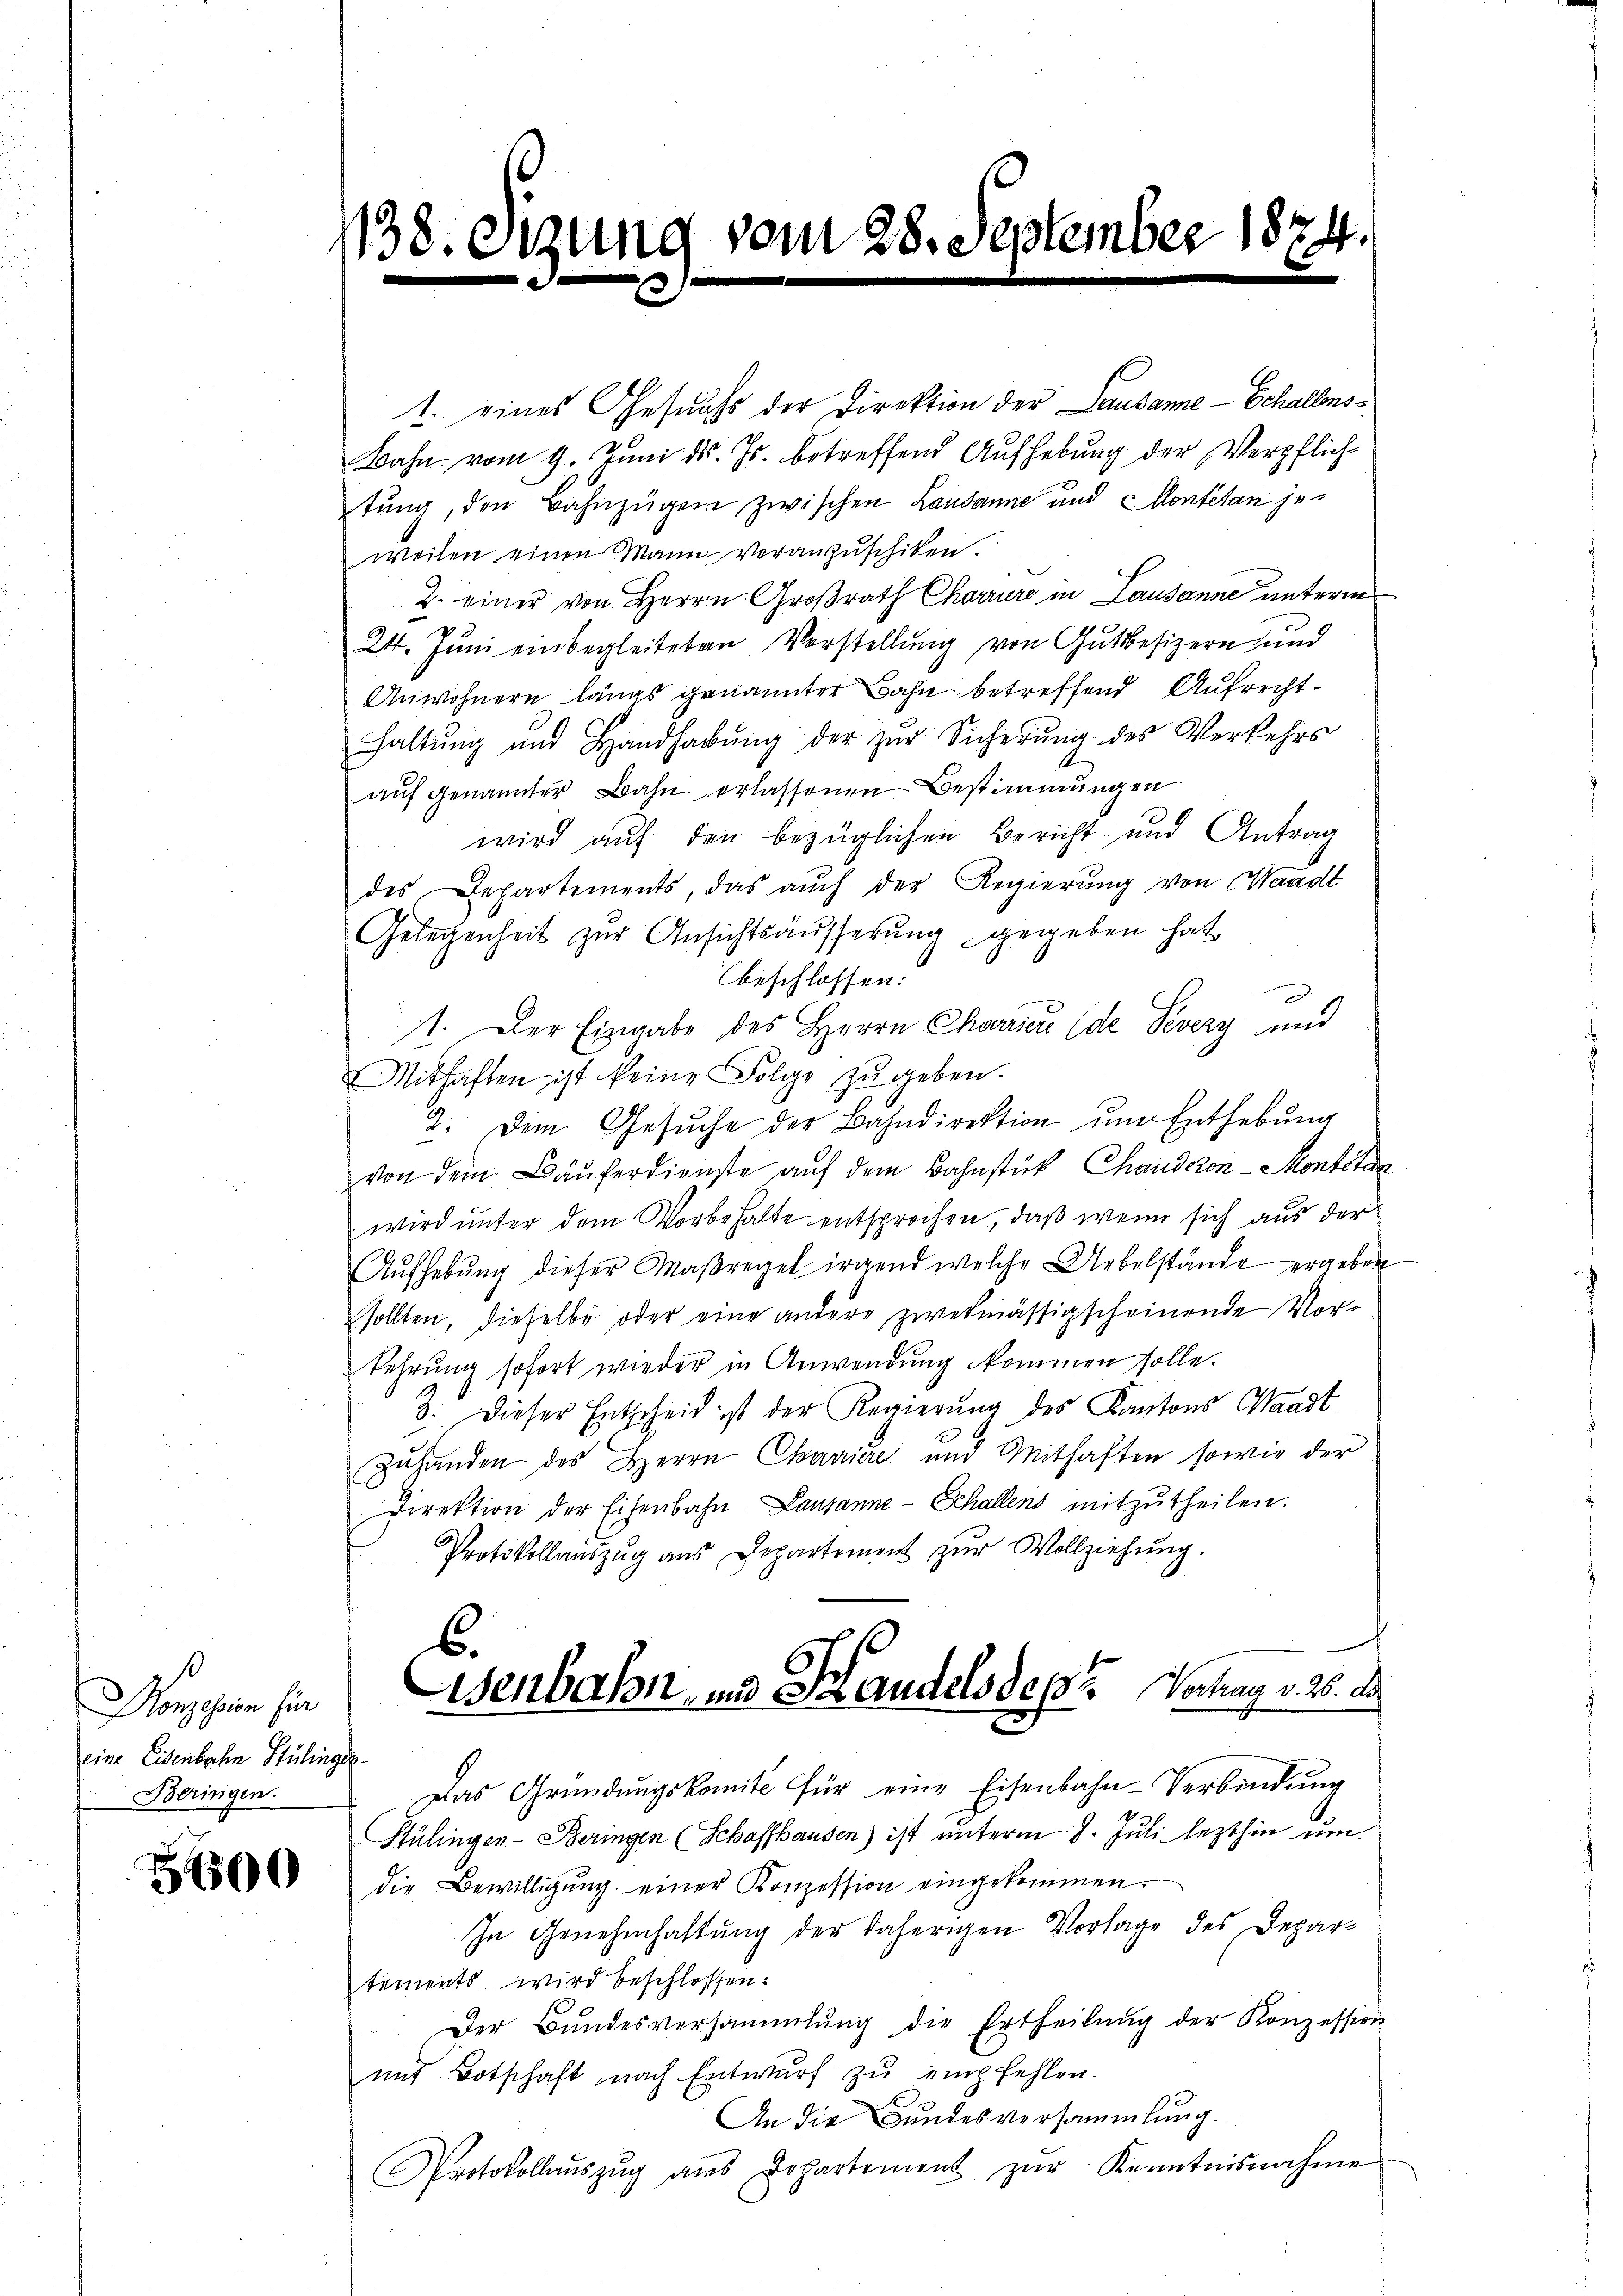
Monzesion für
eine Eisenbachen Stülinges
Beringen.

3600

1138.

1. eines Gesuchs der Direktion der Lausanne - Schallens¬
Bahn vom 9. Juni d. Js. betreffend Aufhebung der Verpflich-
tŭng, den Bahnzügen zwischen Lausanne und Montetan jeweilen einen Mann veranzuschiken.
2. einer von Herrn Großrath Charrer in Lausanne unterm
24. Juni einbegleiteten Vorstellung von Gutsbesizern und
Anwohnern längs genannter Bahn betreffend Aufrechthaltung und Handhabŭng der zur Sicherŭng des Verkehrs
aŭf genannter Bahn erlassenen Bestimmungen
wird auf den bezüglichen Bericht und Antrag
des Departements, das aŭch der Regierŭng von Waadt
Gelegenheit zŭr Ansichtsäŭsserŭng gegeben hat
beschlossen:
11. Der Eingabe des Herrn Chorriere (de Severy und
Mithaften ist keine Folge zu geben.
2. Dem Gesŭche der Bahndirektion ŭm Enthebŭng
von dem Käuferdienste auf dem Bahnstük Chanderen - Montitar
wird unter dem Vorbehalte entsprochen, daß wenn sich aus der
Aŭfhebŭng dieser Maßregel irgend welche Uebelstände ergeben
sollten, dieselbe oder eine andere zwekmässigscheinende Vorkehrung sofort wieder in Anwendung kommen solle.
3. Dieser Entscheid ist der Regierŭng des Kantons Waadt
Zuhanden des Herrn Chanice und Mithaften sowie der
Direktion der Eisenbahn Lausanne - Schallens mitzŭtheilen.
Protokollauszug aus Departement zur Vollziehung.
6.
isenbahn und Handels des Vortrag v. 26. De
Das Gründungskomite für eine Eisenbahn-Verbindung
Stülingen-Beringen (Schaffhausen) ist unterm 8. Juli lezthin umdie Bewilligung einer Konzession eingekommen.
In Genehmhaltung der daherigen Vorlage des Departements wird beschlossen:
Der Bŭndesversammlung die Ertheilŭng der Konzession
mit Botschaft nach Entwurf zu empfehlen.
An die Bundesversammlung.
Protokollaŭszŭg aŭs Lohartement zŭr Kenntnisnahme

zung vom 28. September 1874.
d
3